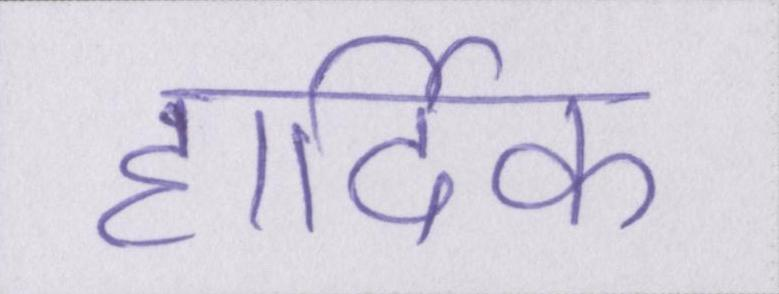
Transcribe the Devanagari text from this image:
हार्दिक